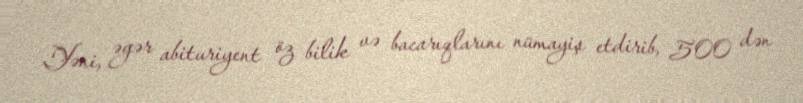
Yəni, əgər abituriyent öz bilik və bacarıqlarını nümayiş etdirib, 500 dən